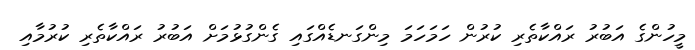
މީހުންގެ އަބުރު ރައްކާތެރި ކުރުން ހަމަހަމަ މިންގަނޑެއްގައި ގެންގުޅުމަށް އަބުރު ރައްކާތެރި ކުރުމާއި